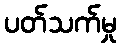
ပတ်သက်မှု